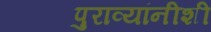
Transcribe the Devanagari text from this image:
पुराव्यांनीशी